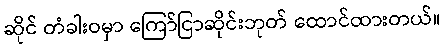
ဆိုင် တံခါးဝမှာ ကြော်ငြာဆိုင်းဘုတ် ထောင်ထားတယ်။